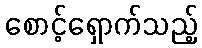
စောင့်ရှောက်သည့်